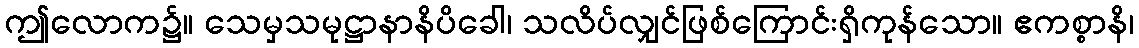
ဤလောက၌။ သေမှသမုဋ္ဌာနာနိပိခေါ၊ သလိပ်လျှင်ဖြစ်ကြောင်းရှိကုန်သော။ ဧကစ္စာနိ၊